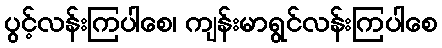
ပွင့်လန်းကြပါစေ၊ ကျန်းမာရွင်လန်းကြပါစေ